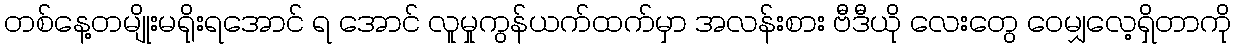
တစ်နေ့တမျိုးမရိုးရအောင် ရ အောင် လူမှုကွန်ယက်ထက်မှာ အလန်းစား ဗီဒီယို လေးတွေ ဝေမျှလေ့ရှိတာကို